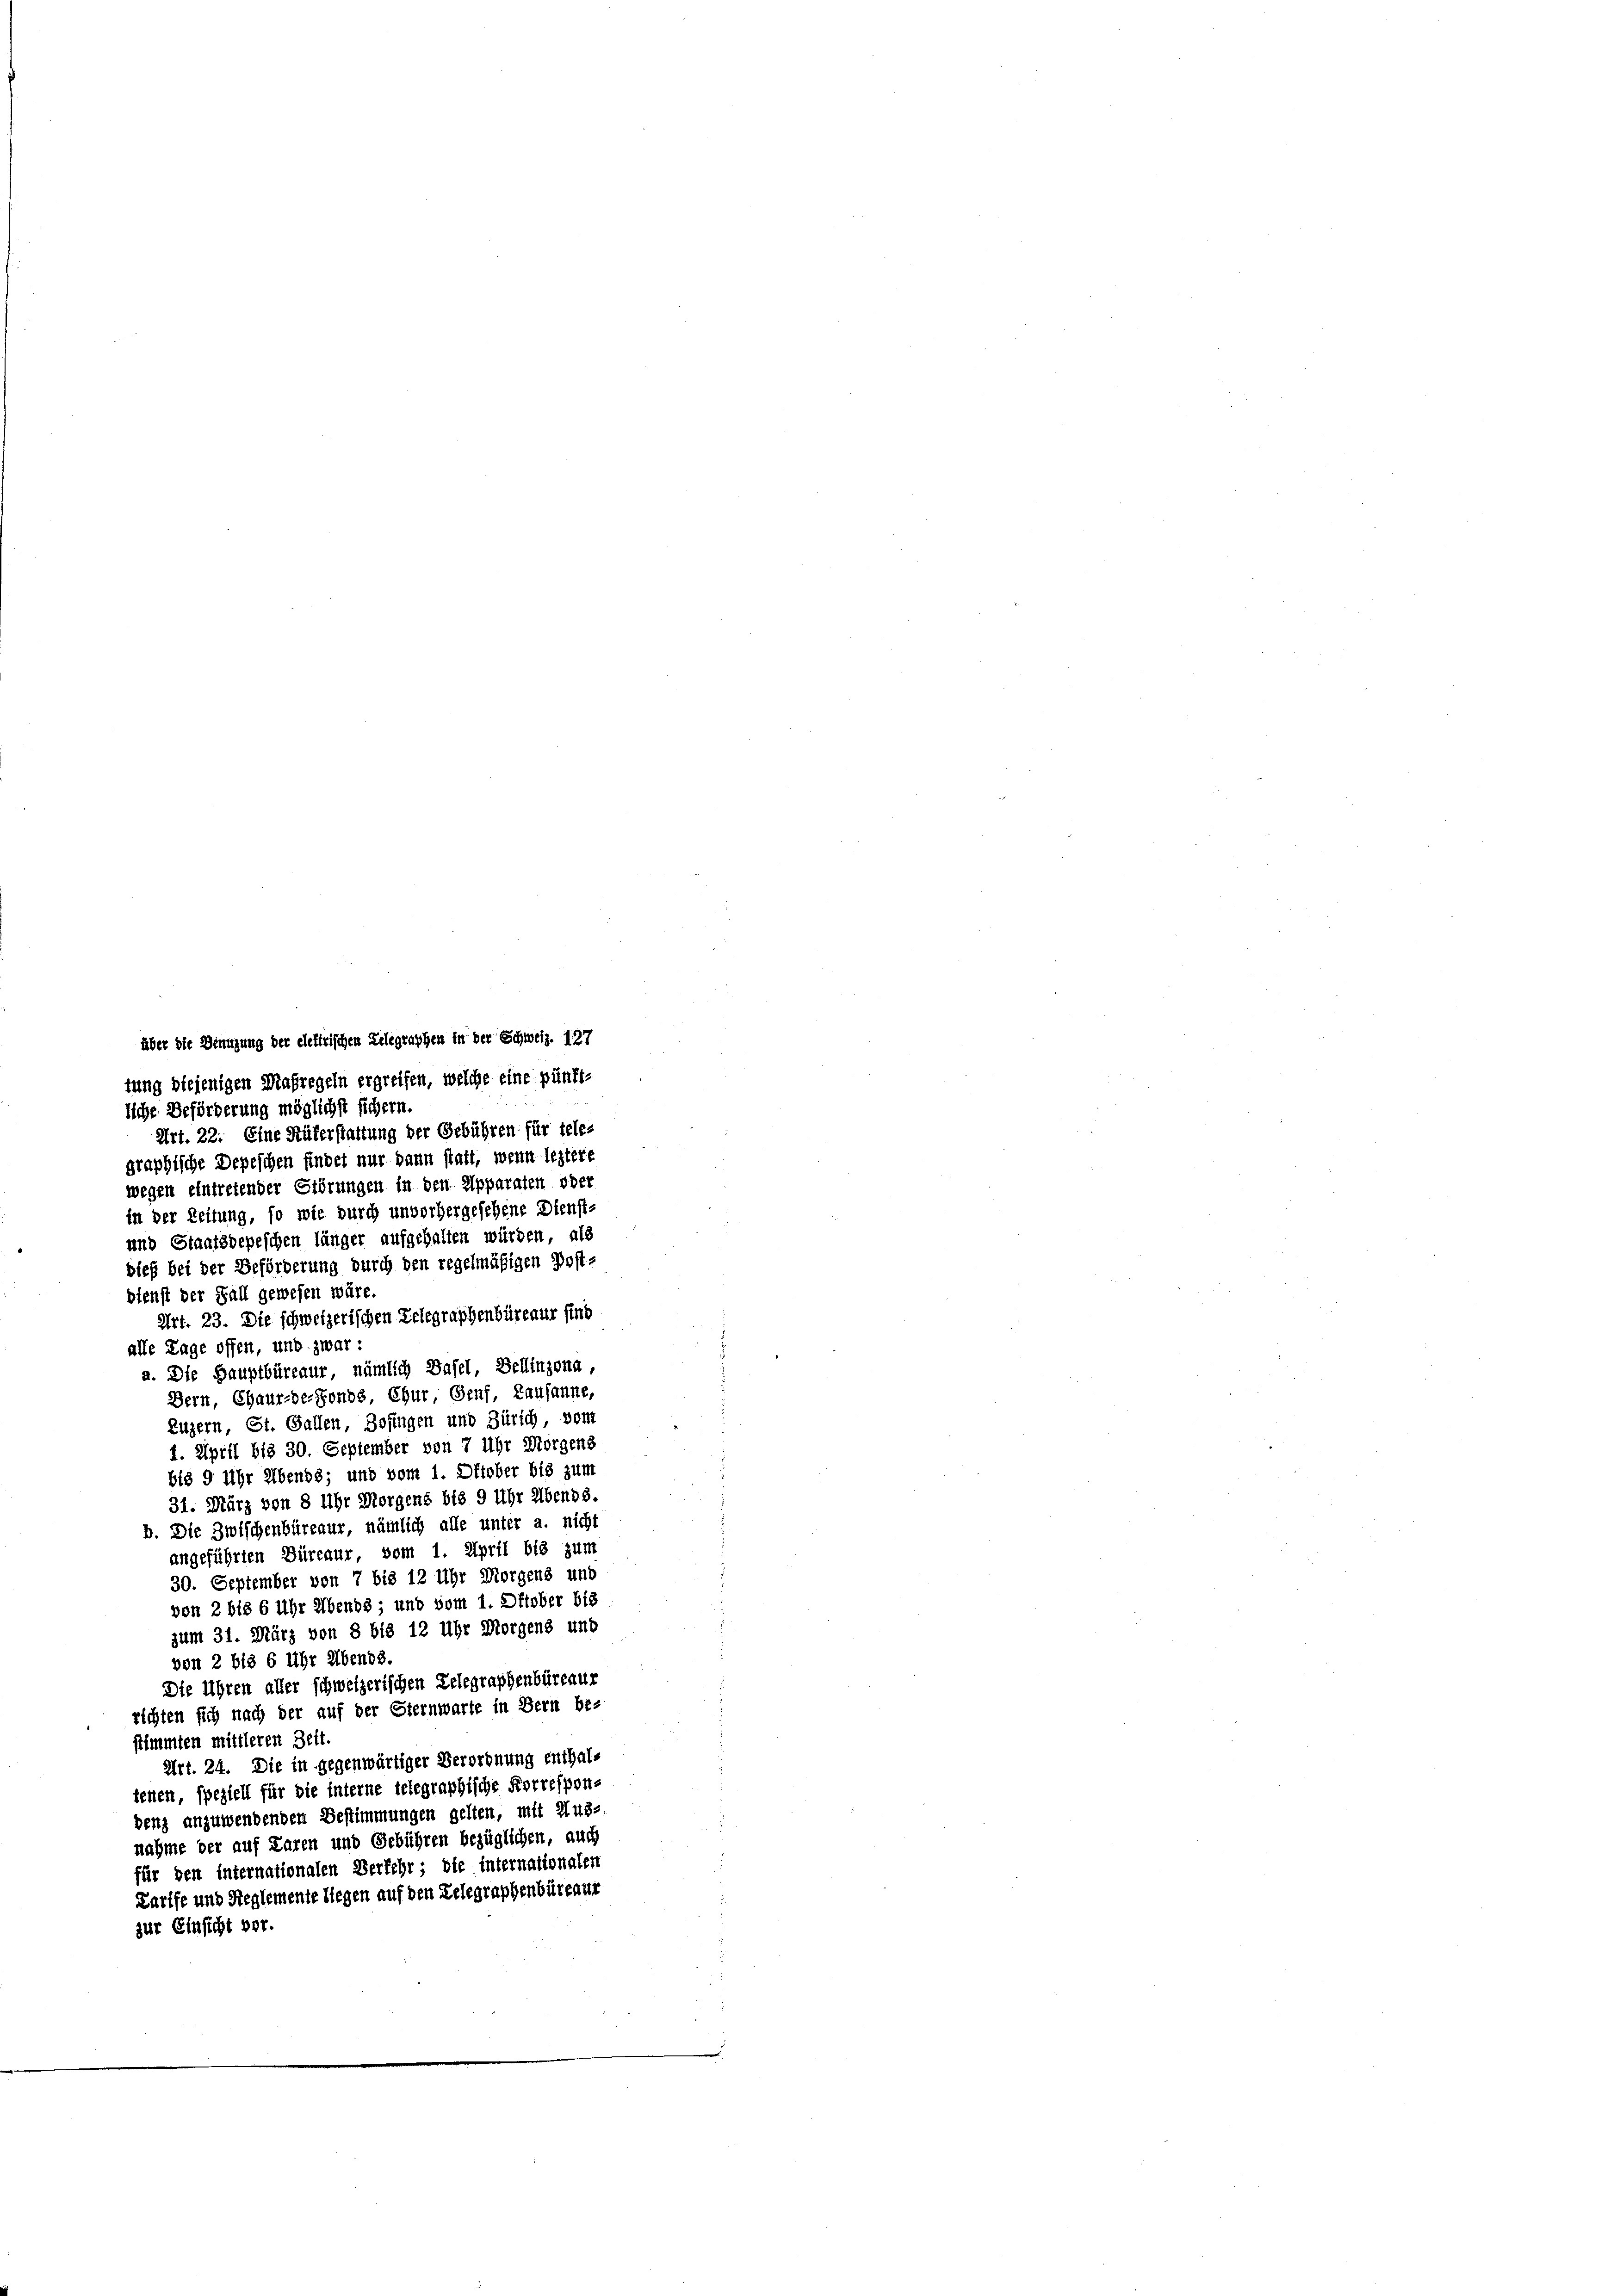
über die Benuzung der elektrischen Telegraphen in der Schweiz. 127
tung diejenigen Maßregeln ergreifen, welche eine pünktliche Beförderung möglichst sichern.
Art. 22. Eine Rüferstattung der Gebühren für tele-
graphische Depeschen findet nur dann statt, wenn leztere
wegen eintretender Störungen in den Apparaten oder
in der Zeitung, so wie durch unvorhergesehene Dienst-
und Staatsdepeschen länger aufgehalten würden, als
dieß bei der Beförderung durch den regelmäßigen Post-
dienst der Fall gewesen wäre.
Art. 23. Die schweizerischen Relegraphenbürenur sind
alle Tage offen, und zwar:
a. Die Hauptbüreaur, nämlich Dafel, Bellinzona,
Bern, Chaur-de-Fonds Chur Genf, Lausanne,
Luzern, St. Gallen, Zofingen und Zürich vom
1. April bis 30. September von 7 Uhr Morgens
bis 9 Uhr Abends; und vom 1. Oktober bis zum
31. März von 8 Uhr Morgens bis 9 Uhr Abends.
b. Die Zwischenbüreaur, nämlich alle unter a. nicht
angeführten Büreaur, vom 1. April bis zum
30. September von 7 bis 12 Uhr Morgens und
von 2 bis 6 Uhr Abends; und vom 1. Oftober bis
zum 31. März von 8 bis 12 Uhr Morgens und
von 2 bis 6 Uhr Abends.
Die Uhren aller schweizerischen Delegraphenbüreaur
richten sich nach der auf der Eiernwarte in Bern be-
stimmten mittleren Zeit.
Art. 24. Die in gegenwärtiger Verordnung enthaltenen, speziell für die interne telegraphische Korresponbenz anzuwendenden Bestimmungen gelten, mit Aus-
nahme der auf Paren und Gebühren bezüglichen, auch
für den Internationalen Verfehr; die internationalen
Karife und Reglemente liegen auf den Lelegraphenbüreaur
zur Einsicht vor.